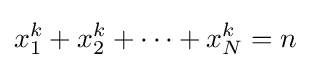
x_{1}^{k}+x_{2}^{k}+\cdots +x_{N}^{k}=n